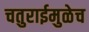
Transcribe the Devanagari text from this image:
चतुराईमुळेच